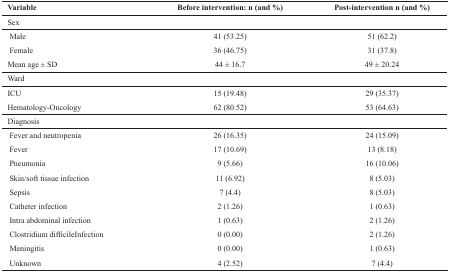
<table><thead><tr><td><b>Variable</b></td><td><b>Before intervention: n (and %)</b></td><td><b>Post-intervention n (and %)</b></td></tr></thead><tbody><tr><td>Sex</td><td></td><td></td></tr><tr><td>Male</td><td>41 (53.25)</td><td>51 (62.2)</td></tr><tr><td>Female</td><td>36 (46.75)</td><td>31 (37.8)</td></tr><tr><td>Mean age ± SD</td><td>44 ± 16.7</td><td>49 ± 20.24</td></tr><tr><td>Ward</td><td></td><td></td></tr><tr><td>ICU</td><td>15 (19.48)</td><td>29 (35.37)</td></tr><tr><td>Hematology-Oncology</td><td>62 (80.52)</td><td>53 (64.63)</td></tr><tr><td>Diagnosis</td><td></td><td></td></tr><tr><td>Fever and neutropenia</td><td>26 (16.35)</td><td>24 (15.09)</td></tr><tr><td>Fever</td><td>17 (10.69)</td><td>13 (8.18)</td></tr><tr><td>Pneumonia</td><td>9 (5.66)</td><td>16 (10.06)</td></tr><tr><td>Skin/soft tissue infection</td><td>11 (6.92)</td><td>8 (5.03)</td></tr><tr><td>Sepsis</td><td>7 (4.4)</td><td>8 (5.03)</td></tr><tr><td>Catheter infection</td><td>2 (1.26)</td><td>1 (0.63)</td></tr><tr><td>Intra abdominal infection</td><td>1 (0.63)</td><td>2 (1.26)</td></tr><tr><td>Clostridium difficileInfection</td><td>0 (0.00)</td><td>2 (1.26)</td></tr><tr><td>Meningitis</td><td>0 (0.00)</td><td>1 (0.63)</td></tr><tr><td>Unknown</td><td>4 (2.52)</td><td>7 (4.4)</td></tr></tbody></table>